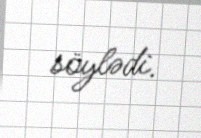
söylədi.